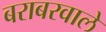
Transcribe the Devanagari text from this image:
बराबरवाले